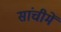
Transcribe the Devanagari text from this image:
सांचीमें